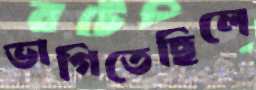
ভাগিতেছিলে